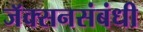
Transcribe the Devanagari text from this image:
जॅक्सनसंबंधी